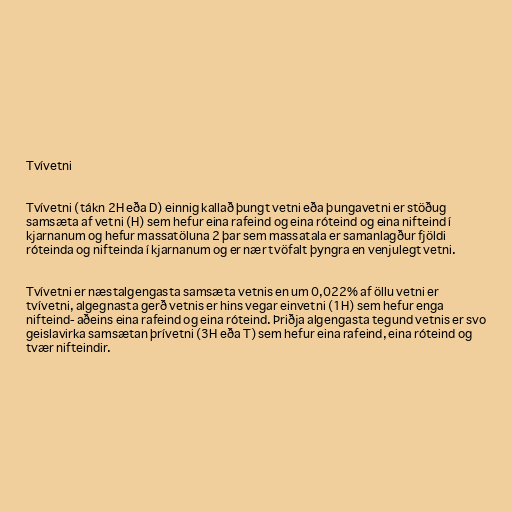
Tvívetni

Tvívetni (tákn 2H eða D) einnig kallað þungt vetni eða þungavetni er stöðug
samsæta af vetni (H) sem hefur eina rafeind og eina róteind og eina nifteind í
kjarnanum og hefur massatöluna 2 þar sem massatala er samanlagður fjöldi
róteinda og nifteinda í kjarnanum og er nær tvöfalt þyngra en venjulegt vetni.

Tvívetni er næstalgengasta samsæta vetnis en um 0,022% af öllu vetni er
tvívetni, algegnasta gerð vetnis er hins vegar einvetni (1H) sem hefur enga
nifteind- aðeins eina rafeind og eina róteind. Þriðja algengasta tegund vetnis er svo
geislavirka samsætan þrívetni (3H eða T) sem hefur eina rafeind, eina róteind og
tvær nifteindir.